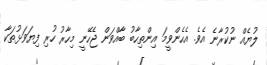
ލުޔެއް ނުކުރާނެ އެވެ. އެހެންވީމަ އިންތިހާބު ބާއްވަން ޖެހޭނީ މިހާރު ހުރި ފިޔަވަޅުތަކާ